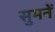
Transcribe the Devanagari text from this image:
सुमनें